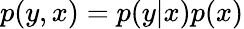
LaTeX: p(y,x)=p(y|x)p(x)